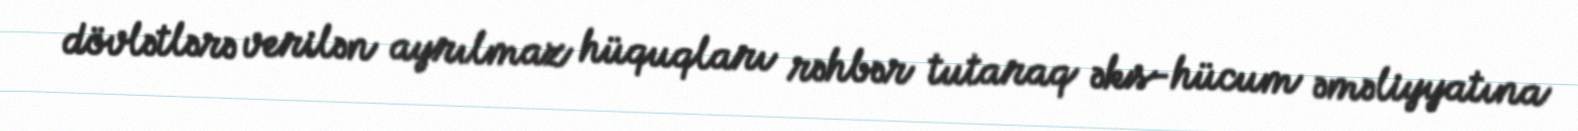
dövlətlərə verilən ayrılmaz hüquqları rəhbər tutaraq əks-hücum əməliyyatına